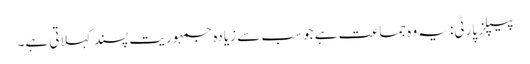
پیپلز پارٹی: یہ وہ جماعت ہے جو سب سے زیادہ جمہوریت پسند کہلاتی ہے۔